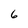
Character: 6